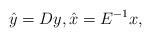
LaTeX: \begin{align*}\hat y = Dy, \hat x = E^{-1}x,\end{align*}